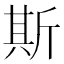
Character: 斯